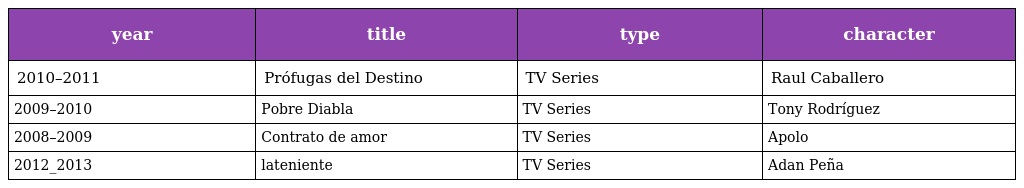
| year | title | type | character |
 | --- | --- | --- | --- |
 | 2010–2011 | Prófugas del Destino | TV Series | Raul Caballero |
 | 2009–2010 | Pobre Diabla | TV Series | Tony Rodríguez |
 | 2008–2009 | Contrato de amor | TV Series | Apolo |
 | 2012_2013 | lateniente | TV Series | Adan Peña |